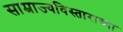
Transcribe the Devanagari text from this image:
साम्राज्यविस्ताराच्या